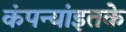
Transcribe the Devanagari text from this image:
कंपन्यांइतके